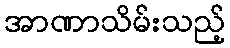
အာဏာသိမ်းသည့်